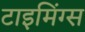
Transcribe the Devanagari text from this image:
टाइमिंग्स